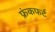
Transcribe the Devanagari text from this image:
फ्रंकफर्ट